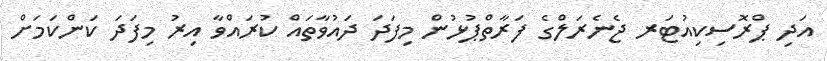
އަދި ޕްރޮސިކިއުޓަރ ޖެނެރަލްގެ ފަރާތްޕުޅުން މިފަދަ ދައުވާތައް ކުރައްވާ އިރު މިފަދަ ކަންކަމަށް